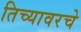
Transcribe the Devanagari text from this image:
तिच्यावरचे